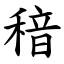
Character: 䅧